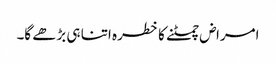
امراض چمٹنے کا خطرہ اتنا ہی بڑھے گا۔